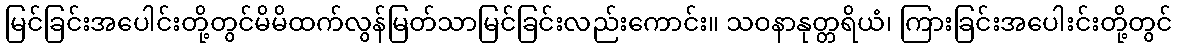
မြင်ခြင်းအပေါင်းတို့တွင်မိမိထက်လွန်မြတ်သာမြင်ခြင်းလည်းကောင်း။ သဝနာနုတ္တရိယံ၊ ကြားခြင်းအပေါးင်းတို့တွင်